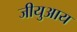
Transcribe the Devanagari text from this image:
जीयुआय